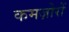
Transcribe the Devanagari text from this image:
कमज़ोरों